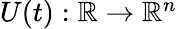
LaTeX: \begin{array}{r}{U(t):\mathbb{R}\rightarrow\mathbb{R}^{n}}\end{array}